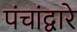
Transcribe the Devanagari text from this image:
पंचांद्वारे